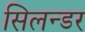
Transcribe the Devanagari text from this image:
सिलन्डर